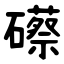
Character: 礤